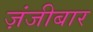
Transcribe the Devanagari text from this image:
ज़ंजीबार